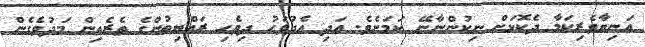
އަނިޔާވެރިކަމާ ދެކޮޅަށް ނިކުންނާނޭ ކަމަށެވެ. އަދި އެދުވަހު ދިވެހި ރައްޔިތުންގެ ތެރެއިން މަދުވެގެން